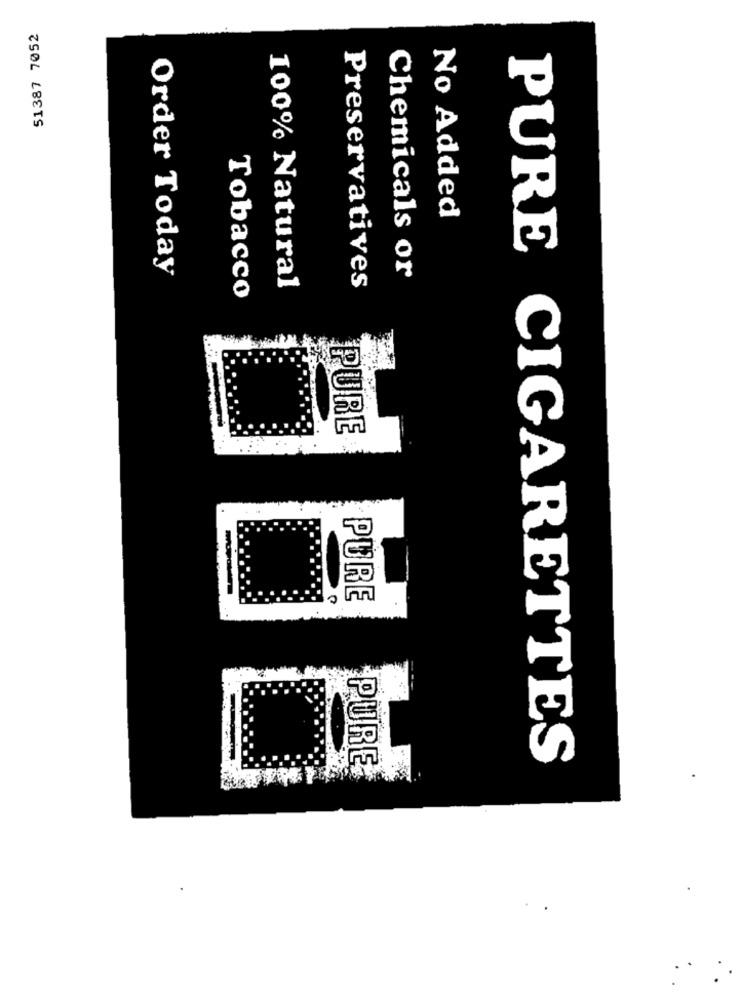
51387 7052
No Added
Order Today
Chemicals or
100% Natural
Preservatives
Tobacco
PURE
-
PURE
PURE
PURE CIGARETTES